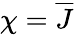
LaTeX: \chi=\overline{{J}}